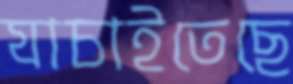
যাচাইতেছে